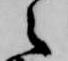
之